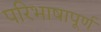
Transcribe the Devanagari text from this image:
परिभाषापूर्ण